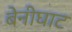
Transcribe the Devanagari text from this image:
बेनीघाट